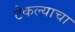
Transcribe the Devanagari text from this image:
टेकल्याचा